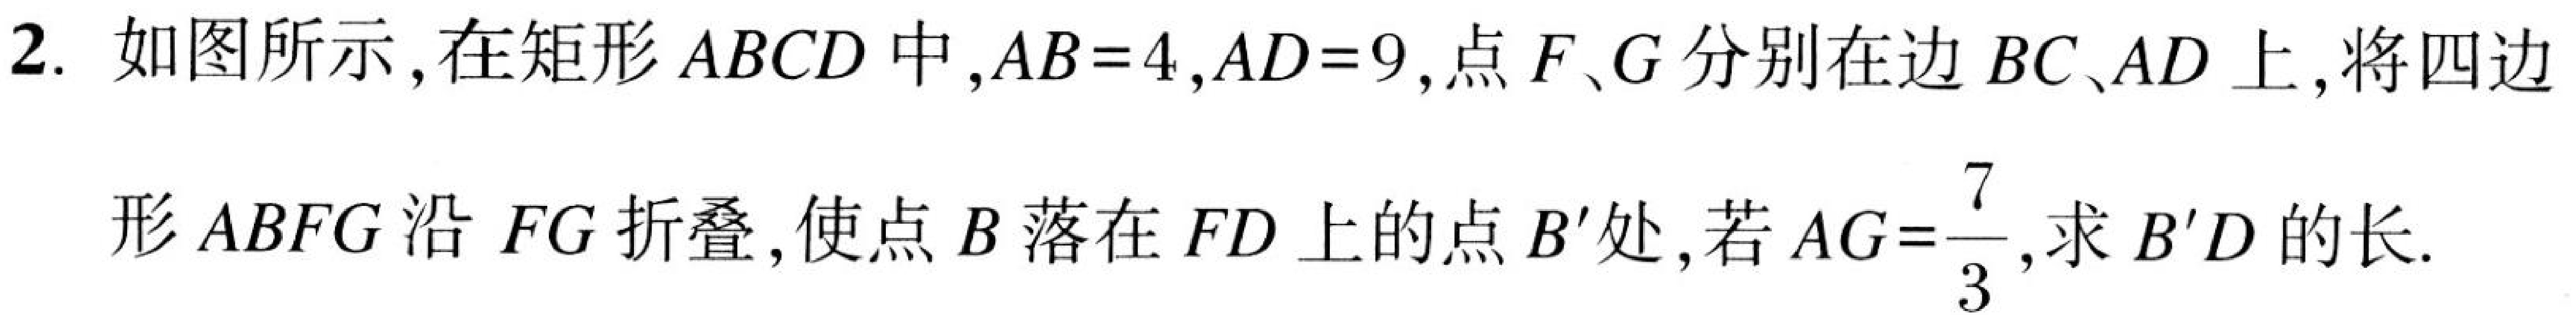
2. 如图所示，在矩形 \(ABCD\) 中，\(AB = 4,AD = 9\)，点 \(F、G\) 分别在边 \(BC、AD\) 上，将四边形 \(ABFG\) 沿 \(FG\) 折叠，使点 \(B\) 落在 \(FD\) 上的点 \(B'\) 处，若 \(AG=\dfrac{7}{3}\)，求 \(B'D\) 的长.